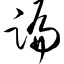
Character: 蹁